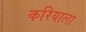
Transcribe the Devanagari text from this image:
करियाला